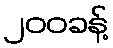
၂၀၀ခန့်